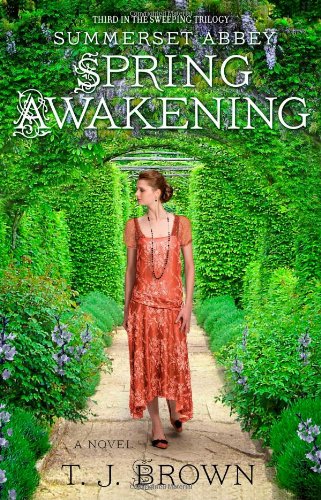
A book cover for Summerset Abbey: Spring Awakening; T. J. Brown; Romance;